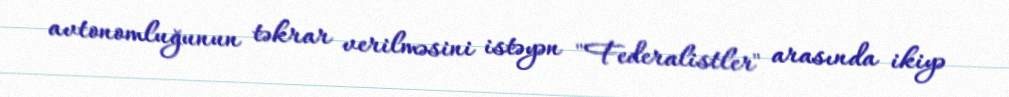
avtonomluğunun təkrar verilməsini istəyən "Federalistler" arasında ikiyə